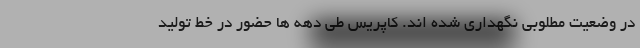
در وضعیت مطلوبی نگهداری شده اند. کاپریس طی دهه ها حضور در خط تولید